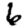
Digit: 6